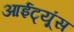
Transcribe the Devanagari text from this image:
आईट्यूंस